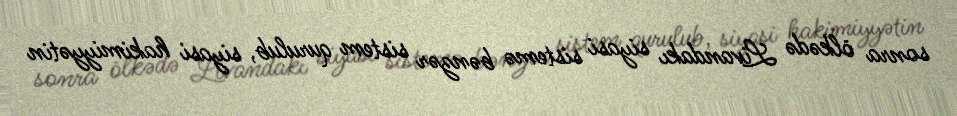
sonra ölkədə Livandakı siyasi sistemə bənzər sistem qurulub, siyasi hakimiyyətin